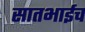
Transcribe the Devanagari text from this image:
सातभाईच